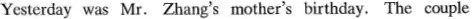
Yesterday was Mr. Zhang's mother's birthday. The couple